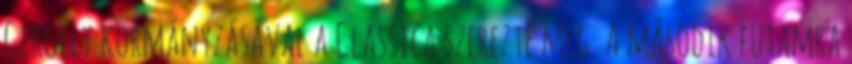
Gergely kormányzásával a Classica szerezte meg. A második futamra